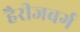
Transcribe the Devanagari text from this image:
हैरीजबर्ग